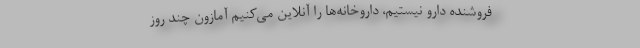
فروشنده دارو نیستیم، داروخانه‌ها را آنلاین می‌کنیم آمازون چند روز